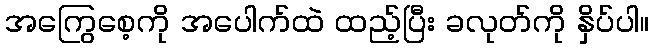
အကြွေစေ့ကို အပေါက်ထဲ ထည့်ပြီး ခလုတ်ကို နှိပ်ပါ။